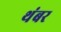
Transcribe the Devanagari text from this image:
थंबर